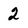
Character: 2